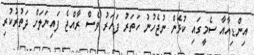
އިންޑިއާއާ ސެމީގައި ކުޅެން ނުޖެހުނު ހަތަރު ފަހަރު ވެސް ރާއްޖެ ފައިނަލަށް ދަތުރުކުރި